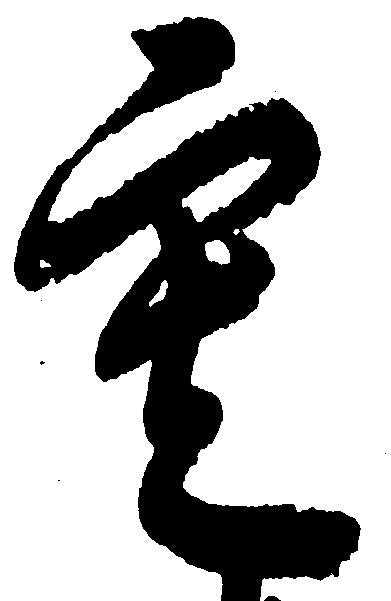
寒